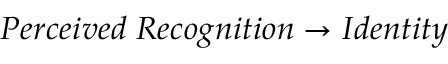
P e r c e i v e d \; R e c o g n i t i o n \rightarrow I d e n t i t y